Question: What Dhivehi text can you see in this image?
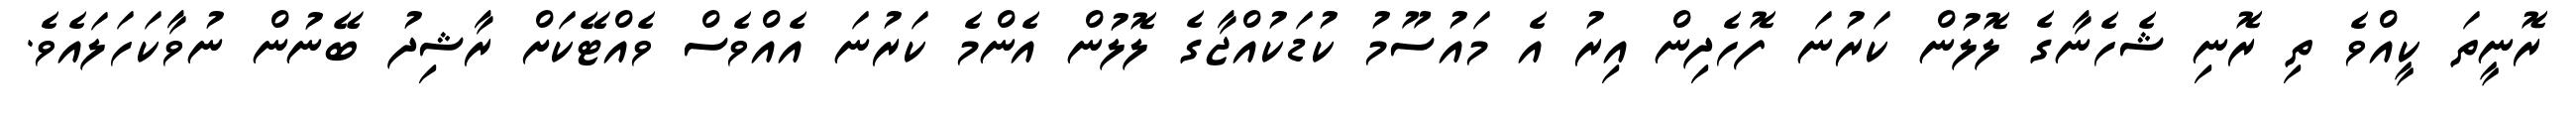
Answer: ރޮނީތަ ކީއްވެ ތި ރޮނި ޝެހެނާގެ ލޮލުން ކަރުނަ ފޮހެދިން އިރު އެ މައުސޫމު ކުޑަކުއްޖާގެ ލޮލުން އެންމެ ކަރުނަ އެއްވެސް ވެއްޓޭކަށް ރާޝިދު ބޭނުން ނުވާކަހަލައެވެ.